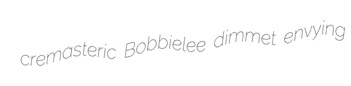
cremasteric Bobbielee dimmet envying